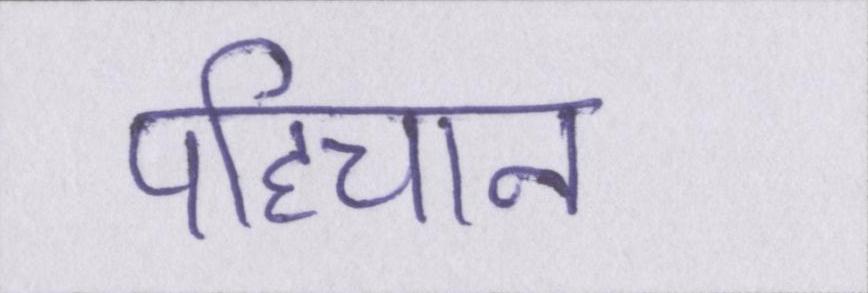
पहिचान